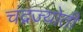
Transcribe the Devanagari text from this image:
चंद्रज्योती